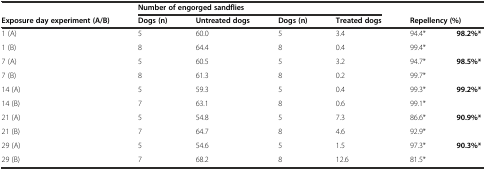
<table><thead><tr><td></td><td colspan="4"><b>Number of engorged sandflies</b></td><td></td><td></td></tr><tr><td><b>Exposure day experiment (A/B)</b></td><td><b>Dogs (n)</b></td><td><b>Untreated dogs</b></td><td><b>Dogs (n)</b></td><td><b>Treated dogs</b></td><td colspan="2"><b>Repellency (%)</b></td></tr></thead><tbody><tr><td>1 (A)</td><td>5</td><td>60.0</td><td>5</td><td>3.4</td><td>94.4*</td><td rowspan="2"><b>98.2%</b><b>*</b></td></tr><tr><td>1 (B)</td><td>8</td><td>64.4</td><td>8</td><td>0.4</td><td>99.4*</td></tr><tr><td>7 (A)</td><td>5</td><td>60.5</td><td>5</td><td>3.2</td><td>94.7*</td><td rowspan="2"><b>98.5%</b><b>*</b></td></tr><tr><td>7 (B)</td><td>8</td><td>61.3</td><td>8</td><td>0.2</td><td>99.7*</td></tr><tr><td>14 (A)</td><td>5</td><td>59.3</td><td>5</td><td>0.4</td><td>99.3*</td><td rowspan="2"><b>99.2%</b><b>*</b></td></tr><tr><td>14 (B)</td><td>7</td><td>63.1</td><td>8</td><td>0.6</td><td>99.1*</td></tr><tr><td>21 (A)</td><td>5</td><td>54.8</td><td>5</td><td>7.3</td><td>86.6*</td><td rowspan="2"><b>90.9%</b><b>*</b></td></tr><tr><td>21 (B)</td><td>7</td><td>64.7</td><td>8</td><td>4.6</td><td>92.9*</td></tr><tr><td>29 (A)</td><td>5</td><td>54.6</td><td>5</td><td>1.5</td><td>97.3*</td><td rowspan="2"><b>90.3%</b><b>*</b></td></tr><tr><td>29 (B)</td><td>7</td><td>68.2</td><td>8</td><td>12.6</td><td>81.5*</td></tr></tbody></table>